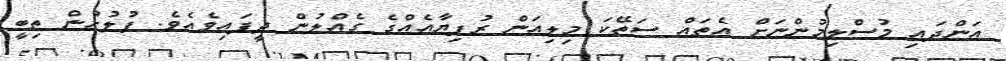
އަންދައި މުސްލިމުންނަށް އެތައް ސަތޭކަ މިލިއަން ރުފިޔާއެއްގެ ގެއްލުން ދީފައިވެއެވެ. ފުލުހުން ތިބީ